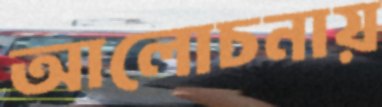
আলোচনায়